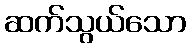
ဆက်သွယ်သော